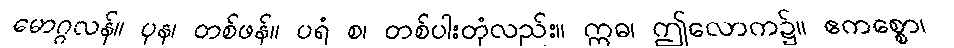
မောဂ္ဂလန်။ ပုန၊ တစ်ဖန်။ ပရံ စ၊ တစ်ပါးတုံလည်း။ ဣဓ၊ ဤလောက၌။ ဧကစ္စော၊